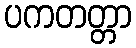
ပကတတ္တာ